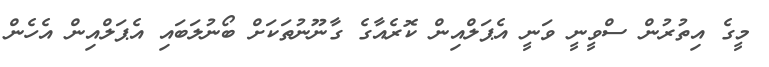
މީގެ އިތުރުން ސްވީނީ ވަނީ އެޕަލްއިން ކޮރެއާގެ ގާނޫނުތަކަށް ބޯނުލަބައި އެޕަލްއިން އެހެން